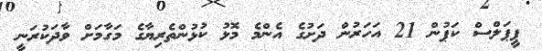
ޕީޕަލްސް ކަޕުން 21 އަހަރުން ދަށުގެ އެންމެ މޮޅު ކުޅުންތެރިޔާގެ މަގާމަށް ވާދަކުރަނީ